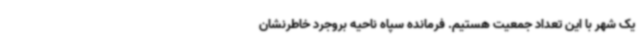
یک شهر با این تعداد جمعیت هستیم. فرمانده سپاه ناحیه بروجرد خاطرنشان